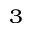
^ 3